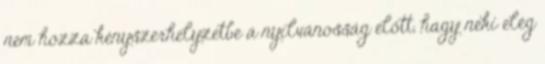
nem hozza kényszerhelyzetbe a nyilvánosság előtt, hagy neki elég